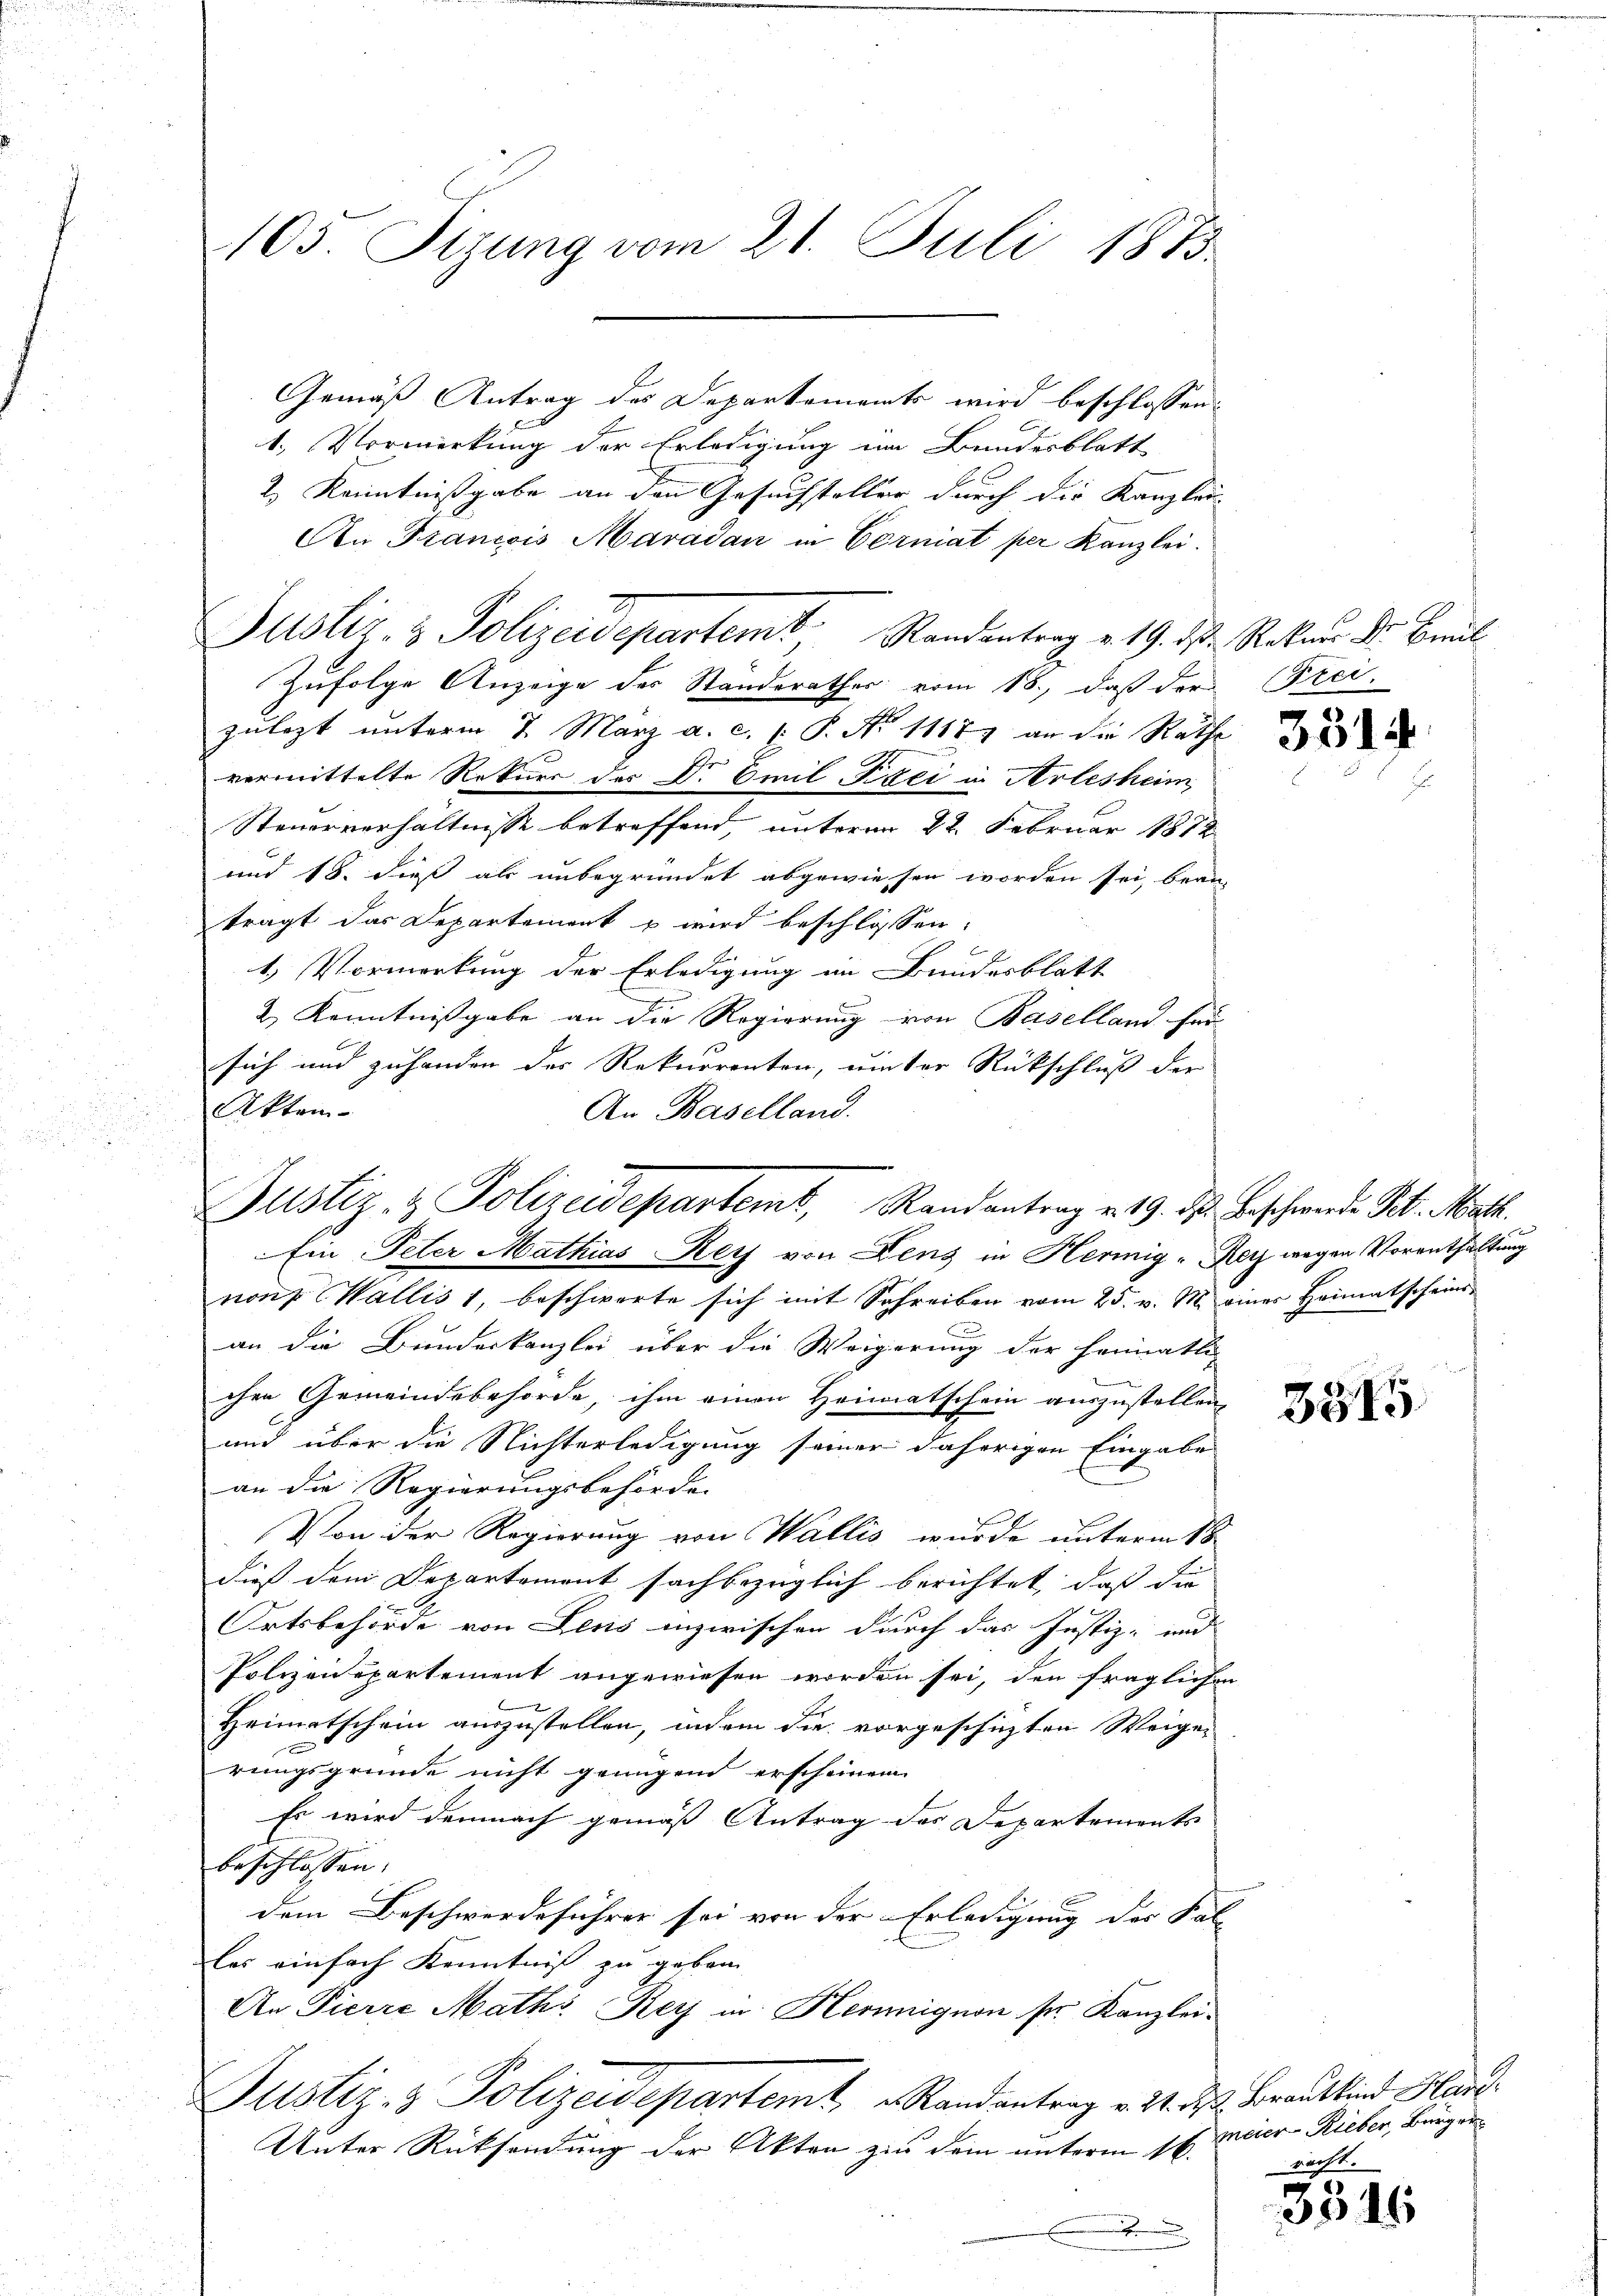
105. Sizung vom 21. Juli 1873.

Justiz- & Polizeidepartemt, Randantrag v. 19. ds. Beschwerden Tit. Math.

Gemäß Antrag des Departements wird beschlossen:
1. Vormerkung der Erledigung im Bundesblatt
2) Kenntnißgabe an den Gesuchsteller durch die Kanzlei-
An Francois Maradan in Cerniat per Kanzlei.
Zufolge Anzeige der Ständerathes vom 18., daß der Frei-
zulezt unterm 7. März a. c. (T. No 11187 an die Rathe
vermittelte Rekurs des Dr Emil-Peci in Arlesheim,
Steuerverhältnisse betreffend, unterm 22. Februar 1872
und 18. dieß als unbegründet abgewiesen worden sei, bean-
trägt das Departement u wird beschlossen:
1.) Vormerkung der Erledigung im Bundesblatt
2) Kenntnißgabe an die Regierung von Baselland für
sich und zuhanden der Rekurrenten, unter Rückschluß der
Akten
An Baselland.

Justiz- & Polizeidepartemb. Standentrag v. 19. d. Rocken. Dr. Baul

Ein Peter Mathias Rey von Dens in Hermig - Reiz wegen Vorenthaltung
non, Wallis 1, beschwerte sich mit Schreiben vom 25. v. M. einer Heimatschein
an die Bundeskanzlei über die Weigerung der Heimatli-
chen Gemeindebehörde, ihm einen Heimatschein auszustellen,
und über die Nichterledigung seiner daherigen Eingabe
an die Regierungsbehörde.
Von der Regierung von Wallis wurde unterm 18
dies dem Departement sachbezüglich berichtet, daß die
Ortsbehörde von Leus inzwischen durch das Justiz- und
Polizeidepartement angewiesen worden sei, den fraglichen
Heimatschein auszustellen, indem die vorgeschichten Weige-
rungsgründe nicht genügend erscheinen
Es wird demnach gemäß Antrag des Departements
beschlossen:
dem Beschwerdeführer sei von der Erledigung des Sal
las einfach Kenntnis zu geben
An Pierre Maths Rey in Hemmignon ser Kanzlei-
Justiz- & Polizeidepartemt, Randantrag v. 24. ds. Brautkind Hand
Unter Rücksendung der Akten zu dem unterm 16.
.

3314

335

meier-Rieber, Bürger
racht.

3346